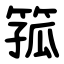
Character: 箛